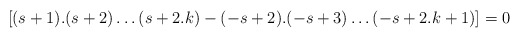
\begin{align*}[(s+1).(s+2)\ldots (s+2.k)-(-s+2).(-s+3)\ldots (-s+2.k+1)]=0 \end{align*}